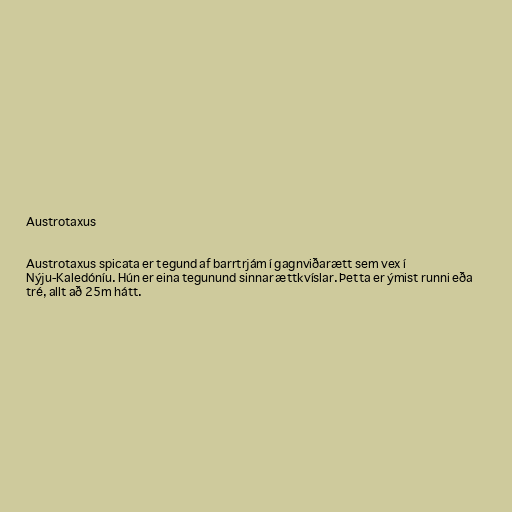
Austrotaxus

Austrotaxus spicata er tegund af barrtrjám í gagnviðarætt sem vex í
Nýju-Kaledóníu. Hún er eina tegunund sinnar ættkvíslar. Þetta er ýmist runni eða
tré, allt að 25m hátt.